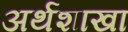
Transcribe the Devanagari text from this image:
अर्थशाखा